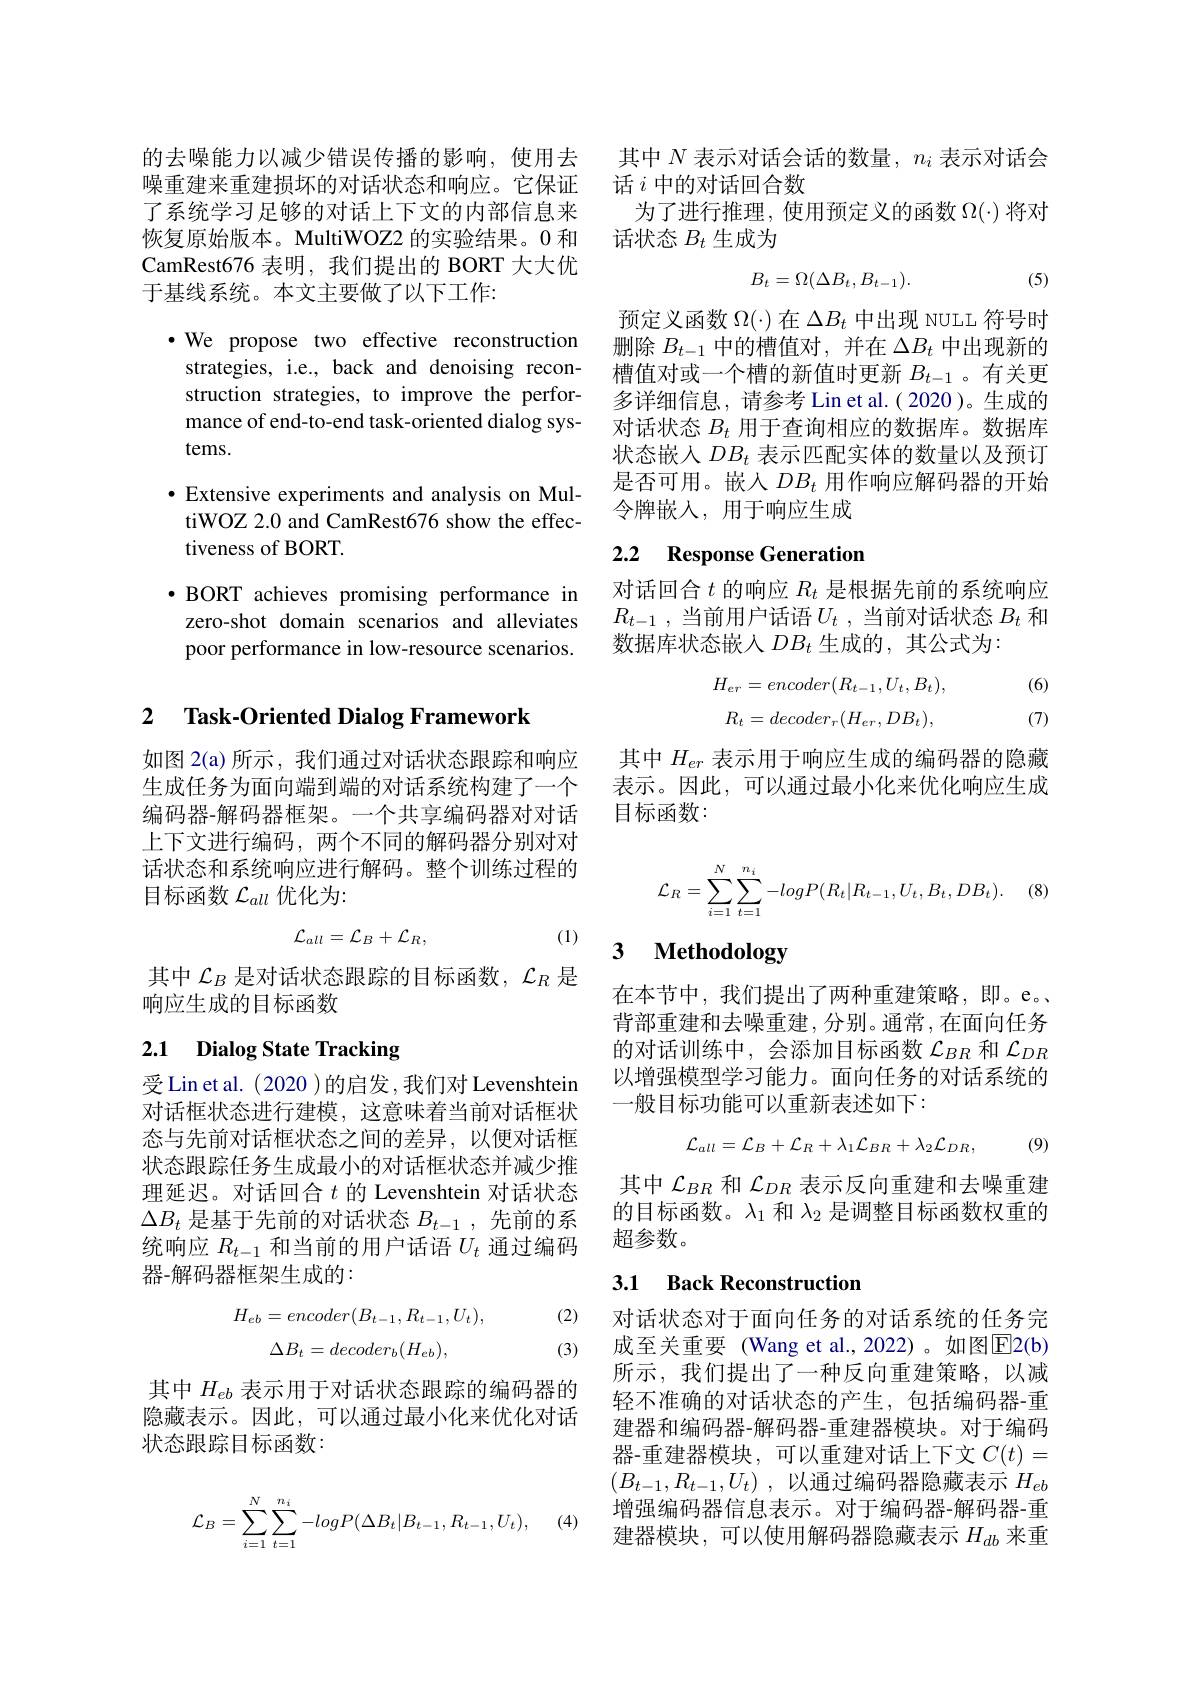
CamRest676 表明，我们提出的 BORT 大大优
于基线系统。本文主要做了以下工作：

$\bullet$ We propose two effective reconstruction strategies, i.e., back and denoising reconstruction strategies, to improve the performance of end-to-end task-oriented dialog systems.

$\bullet$ Extensive experiments and analysis on MultiWOZ 2.0 and CamRest676 show the effectiveness of BORT.

$\bullet$ BORT achieves promising performance in zero-shot domain scenarios and alleviates poor performance in low-resource scenarios.

### 2 $\textbf{Task- Oriented Dialog Framework}$

如图 2(a)所示，我们通过对话状态跟踪和响应生成任务为面向端到端的对话系统构建了一个编码器-解码器框架。一个共享编码器对对话上下文进行编码，两个不同的解码器分别对对话状态和系统响应进行解码。整个训练过程的目标函数$\mathcal{L}_{all}$优化为：
$$\mathcal{L}_{all}=\mathcal{L}_{B}+\mathcal{L}_{R},$$
(1)

其中$\mathcal{L}_B$是对话状态跟踪的目标函数，$\mathcal{L}_R$是
响应生成的目标函数

# 2.1 Dialog State Tracking

受Lin et al. (2020 )的启发，我们对 Levenshtein 对话框状态进行建模，这意味着当前对话框状态与先前对话框状态之间的差异，以便对话框状态跟踪任务生成最小的对话框状态并减少推理延迟。对话回合$t$ 的 Levenshtein 对话状态$\Delta B_t$是基于先前的对话状态$B_t-1$,先前的系统响应$R_t-1$和当前的用户话语$U_t$通过编码器-解码器框架生成的：
$$H_{eb}=encoder(B_{t-1},R_{t-1},U_{t}),\\\Delta B_{t}=decoder_{b}(H_{eb}),$$
(2) (3)

其中$H_{eb}$表示用于对话状态跟踪的编码器的隐藏表示。因此，可以通过最小化来优化对话状态跟踪目标函数：

(4)
$$\mathcal{L}_B=\sum_{i=1}^N\sum_{t=1}^{n_i}-logP(\Delta B_t|B_{t-1},R_{t-1},U_t),$$
的去噪能力以减少错误传播的影响，使用去 其中$N$表示对话会话的数量，$n_i$表示对话会
噪重建来重建损坏的对话状态和响应。它保证 话 话$i$中的对话回合数
了系统学习足够的对话上下文的内部信息来 为了进行推理，使用预定义的函数$\Omega(\cdot)$将对
恢复原始版本。MultiWOZ2 的实验结果。0 和 话状态$B_{t}$生成为
$$B_t=\Omega(\Delta B_t,B_{t-1}).$$
(5)

预定义函数$\Omega(\cdot)$在$\Delta B_t$中出现 NULL 符号时删除$B_{t-1}$中的槽值对，并在$\Delta B_t$中出现新的槽值对或一个槽的新值时更新$B_{t-1}$ 。有关更多详细信息，请参考 Lin et al.( 2020 )。生成的对话状态$B_t$用于查询相应的数据库。数据库状态嵌入$DB_t$表示匹配实体的数量以及预订是否可用。嵌入$DB_t$用作响应解码器的开始令牌嵌人，用于响应生成

## 2.2 Response Generation

对话回合$t$的响应$R_t$是根据先前的系统响应$R_{t- 1}$ ,当前用户话语$U_t$ ,当前对话状态$B_t$和数据库状态嵌入$DB_t$生成的，其公式为：

(6)
$$H_{er}=encoder(R_{t-1},U_{t},B_{t}),\\R_{t}=decoder_{r}(H_{er},DB_{t}),$$
(7)

其中$H_{er}$表示用于响应生成的编码器的隐藏表示。因此，可以通过最小化来优化响应生成目标函数：
$$\mathcal{L}_{R}=\sum_{i=1}^{N}\sum_{t=1}^{n_{i}}-logP(R_{t}|R_{t-1},U_{t},B_{t},DB_{t}).$$
# 3 Methodology

在本节中，我们提出了两种重建策略，即。e。、 背部重建和去噪重建，分别。通常，在面向任务的对话训练中，会添加目标函数$\mathcal{L}_BR$和$\mathcal{L}_DR$ 以增强模型学习能力。面向任务的对话系统的一般目标功能可以重新表述如下：
$$\mathcal{L}_{all}=\mathcal{L}_{B}+\mathcal{L}_{R}+\lambda_{1}\mathcal{L}_{BR}+\lambda_{2}\mathcal{L}_{DR},$$
(9)

其中$\mathcal{L}_{BR}$和$\mathcal{L}_{DR}$表示反向重建和去噪重建的目标函数。$\lambda_1$和$\lambda_2$是调整目标函数权重的超参数。

## 3.1 Back Reconstruction

对话状态对于面向任务的对话系统的任务完成至关重要 (Wang et al.,2022)。如图$\overline{\mathrm{E}}$2(b) 所示，我们提出了一种反向重建策略，以减轻不准确的对话状态的产生，包括编码器-重建器和编码器-解码器-重建器模块。对于编码器-重建器模块，可以重建对话上下文$C(t)=$ $( B_{t- 1}, R_{t- 1}, U_t)$ ,以通过编码器隐藏表示 $H_eb$ 增强编码器信息表示。对于编码器-解码器-重建器模块，可以使用解码器隐藏表示$H_{db}$来重